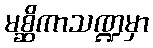
မစ္ဆိကာသဏ္ဍမှာ